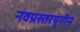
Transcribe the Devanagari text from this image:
नवप्रस्तरयुगीन